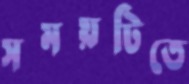
সময়টিতে